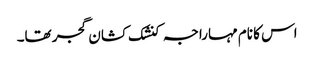
اس کا نام مہاراجہ کنشک کشان گجر تھا۔